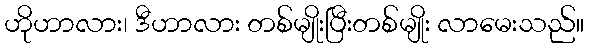
ဟိုဟာလား၊ ဒီဟာလား တစ်မျိုးပြီးတစ်မျိုး လာမေးသည်။